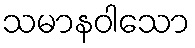
သမာနဝါသော